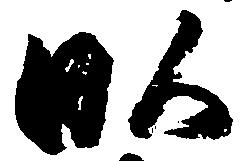
畝